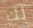
لك